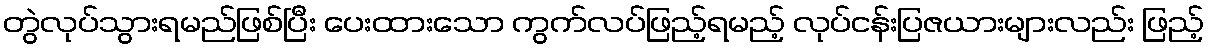
တွဲလုပ်သွားရမည်ဖြစ်ပြီး ပေးထားသော ကွက်လပ်ဖြည့်ရမည့် လုပ်ငန်းပြဇယားများလည်း ဖြည့်